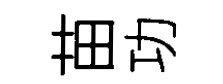
苗功